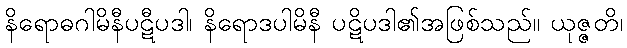
နိရောဓဂါမိနီပဋီပဒါ၊ နိရောဒပါမိနီ ပဋိပဒါ၏အဖြစ်သည်။ ယုဇ္ဇတိ၊